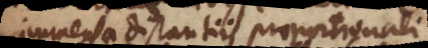
celeritate distantiis proportionali.